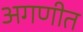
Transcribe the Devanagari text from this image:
अगणीत